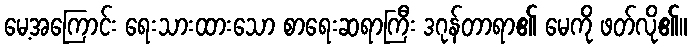
မေ့အကြောင်း ရေးသားထားသော စာရေးဆရာကြီး ဒဂုန်တာရာ၏ မေကို ဖတ်လို၏။